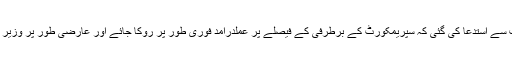
درخواست میں عدالت سے استدعا کی گئی کہ سپریمکورٹ کے برطرفی کے فیصلے پر عملدرآمد فوری طور پر روکا جائے اور عارضی طور پر وزیر اعظم کو بحال کرے۔